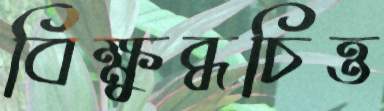
বিক্ষুব্ধচিত্ত